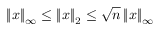
\left\| x \right\| _ { \infty } \leq \left\| x \right\| _ { 2 } \leq { \sqrt { n } } \left\| x \right\| _ { \infty }